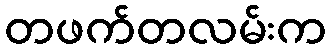
တဖက်တလမ်းက